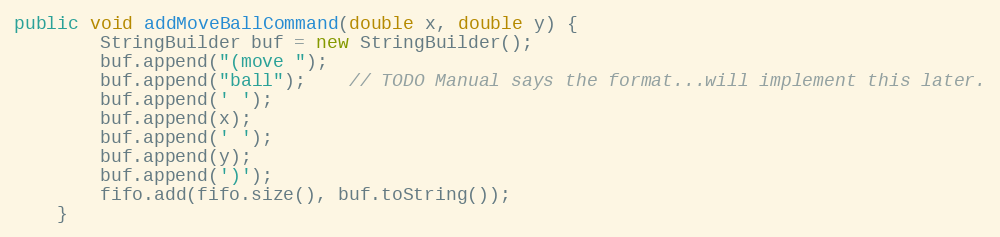
Language: Java
public void addMoveBallCommand(double x, double y) {
        StringBuilder buf = new StringBuilder();
        buf.append("(move ");
        buf.append("ball");    // TODO Manual says the format...will implement this later.
        buf.append(' ');
        buf.append(x);
        buf.append(' ');
        buf.append(y);
        buf.append(')');
        fifo.add(fifo.size(), buf.toString());
    }